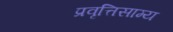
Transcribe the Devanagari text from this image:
प्रवृत्तिसाम्य